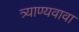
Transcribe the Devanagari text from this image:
त्र्याण्यवावा